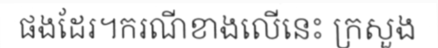
ផងដែរ។ករណីខាងលើនេះ ក្រសួង